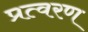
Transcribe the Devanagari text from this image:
प्रत्वरण